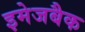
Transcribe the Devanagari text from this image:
इमेजबैक